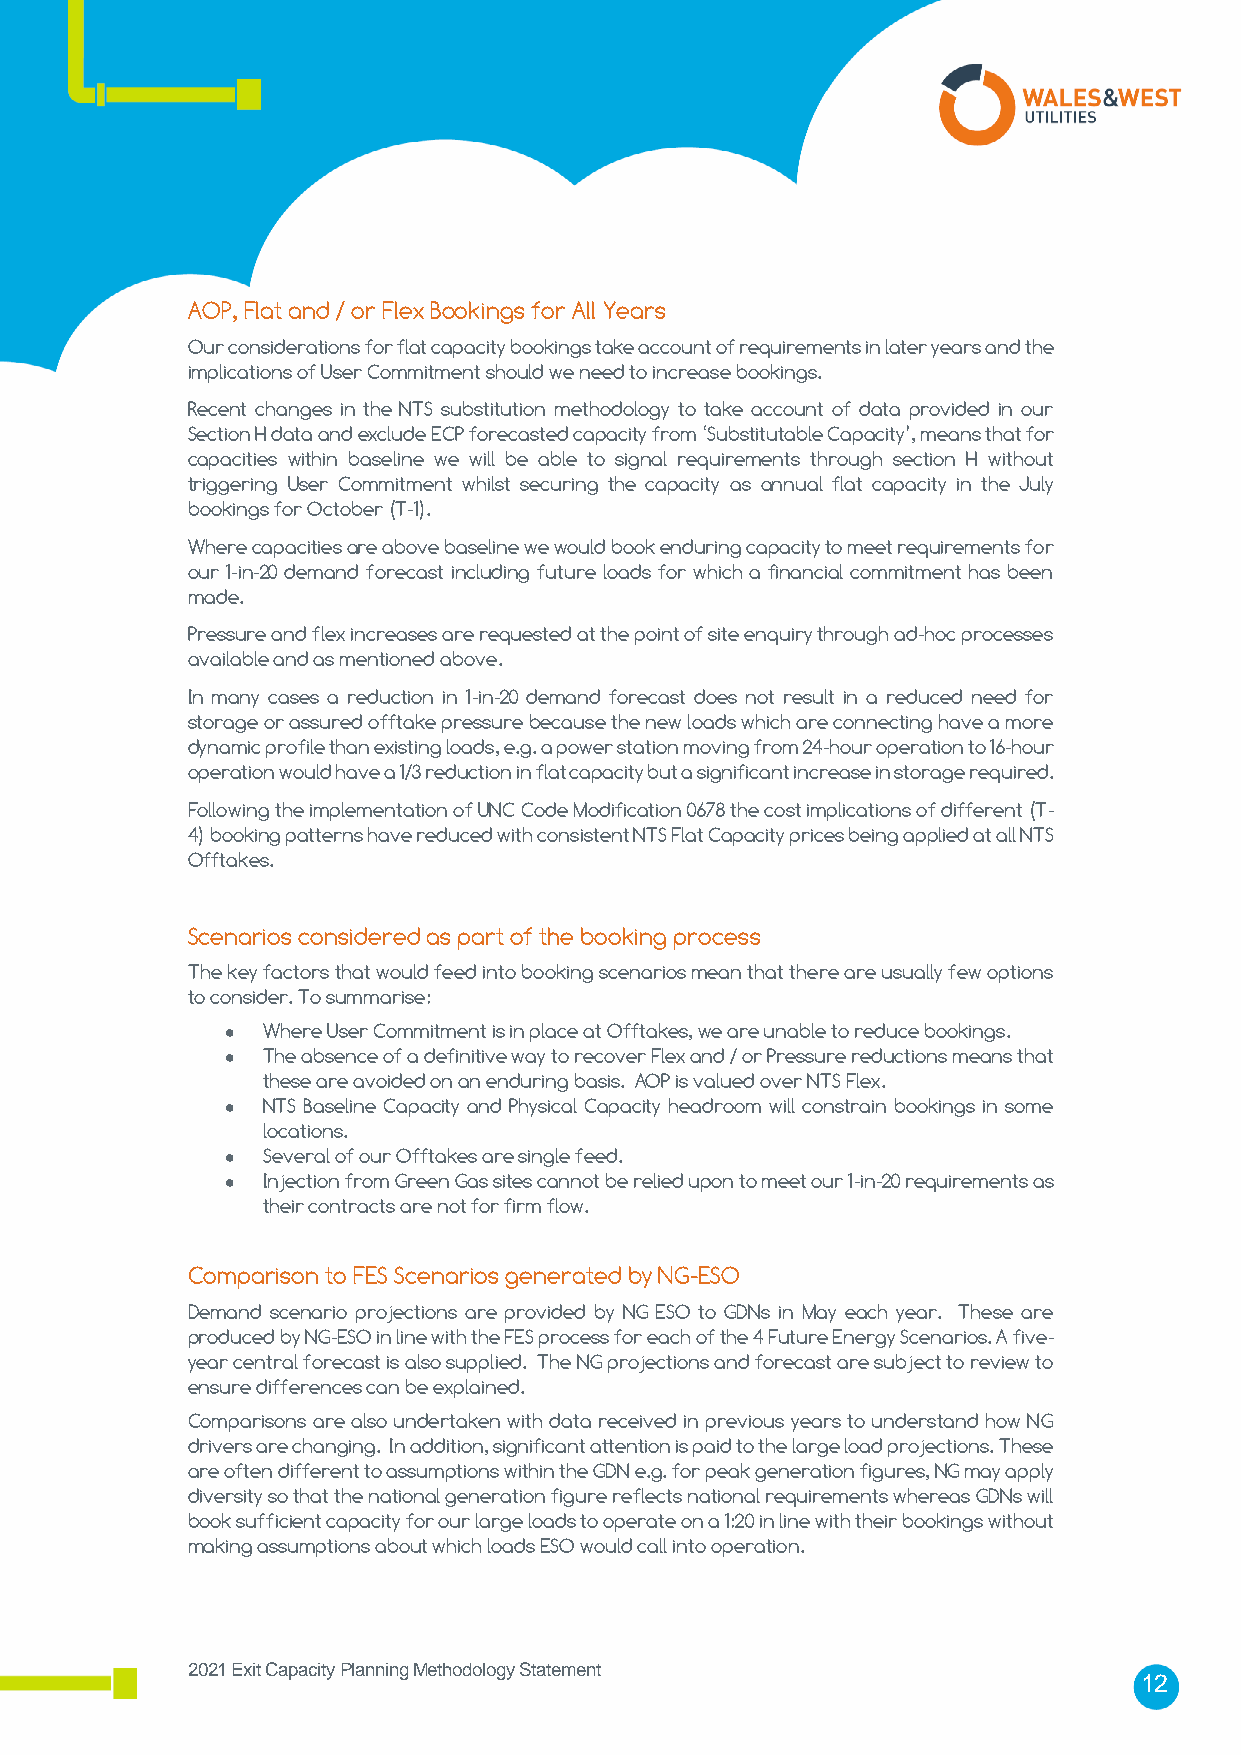
AOP, Flat and / or Flex Bookings for All Years
 Our considerations for flat capacity bookings take account of requirements in later years and the
 implications of User Commitment should we need to increase bookings.
 Recent changes in the NTS substitution methodology to take account of data provided in our
 Section H data and exclude ECP forecasted capacity from ‘Substitutable Capacity’, means that for
 capacities within baseline we will be able to signal requirements through section H without
 triggering User Commitment whilst securing the capacity as annual flat capacity in the July
 bookings for October (T-1).
 Where capacities are above baseline we would book enduring capacity to meet requirements for
 our 1-in-20 demand forecast including future loads for which a financial commitment has been
 made.
 Pressure and flex increases are requested at the point of site enquiry through ad-hoc processes
 available and as mentioned above.
 In many cases a reduction in 1-in-20 demand forecast does not result in a reduced need for
 storage or assured offtake pressure because the new loads which are connecting have a more
 dynamic profile than existing loads, e.g. a power station moving from 24-hour operation to 16-hour
 operation would have a 1/3 reduction in flat capacity but a significant increase in storage required.
 Following the implementation of UNC Code Modification 0678 the cost implications of different (T-
 4) booking patterns have reduced with consistent NTS Flat Capacity prices being applied at all NTS
 Offtakes.
 Scenarios considered as part of the booking process
 The key factors that would feed into booking scenarios mean that there are usually few options
 to consider. To summarise:
 • Where User Commitment is in place at Offtakes, we are unable to reduce bookings.
 • The absence of a definitive way to recover Flex and / or Pressure reductions means that
 these are avoided on an enduring basis. AOP is valued over NTS Flex.
 • NTS Baseline Capacity and Physical Capacity headroom will constrain bookings in some
 locations.
 • Several of our Offtakes are single feed.
 • Injection from Green Gas sites cannot be relied upon to meet our 1-in-20 requirements as
 their contracts are not for firm flow.
 Comparison to FES Scenarios generated by NG-ESO
 Demand scenario projections are provided by NG ESO to GDNs in May each year. These are
 produced by NG-ESO in line with the FES process for each of the 4 Future Energy Scenarios. A five-
 year central forecast is also supplied. The NG projections and forecast are subject to review to
 ensure differences can be explained.
 Comparisons are also undertaken with data received in previous years to understand how NG
 drivers are changing. In addition, significant attention is paid to the large load projections. These
 are often different to assumptions within the GDN e.g. for peak generation figures, NG may apply
 diversity so that the national generation figure reflects national requirements whereas GDNs will
 book sufficient capacity for our large loads to operate on a 1:20 in line with their bookings without
 making assumptions about which loads ESO would call into operation.
 2021 Exit Capacity Planning Methodology Statement
 12